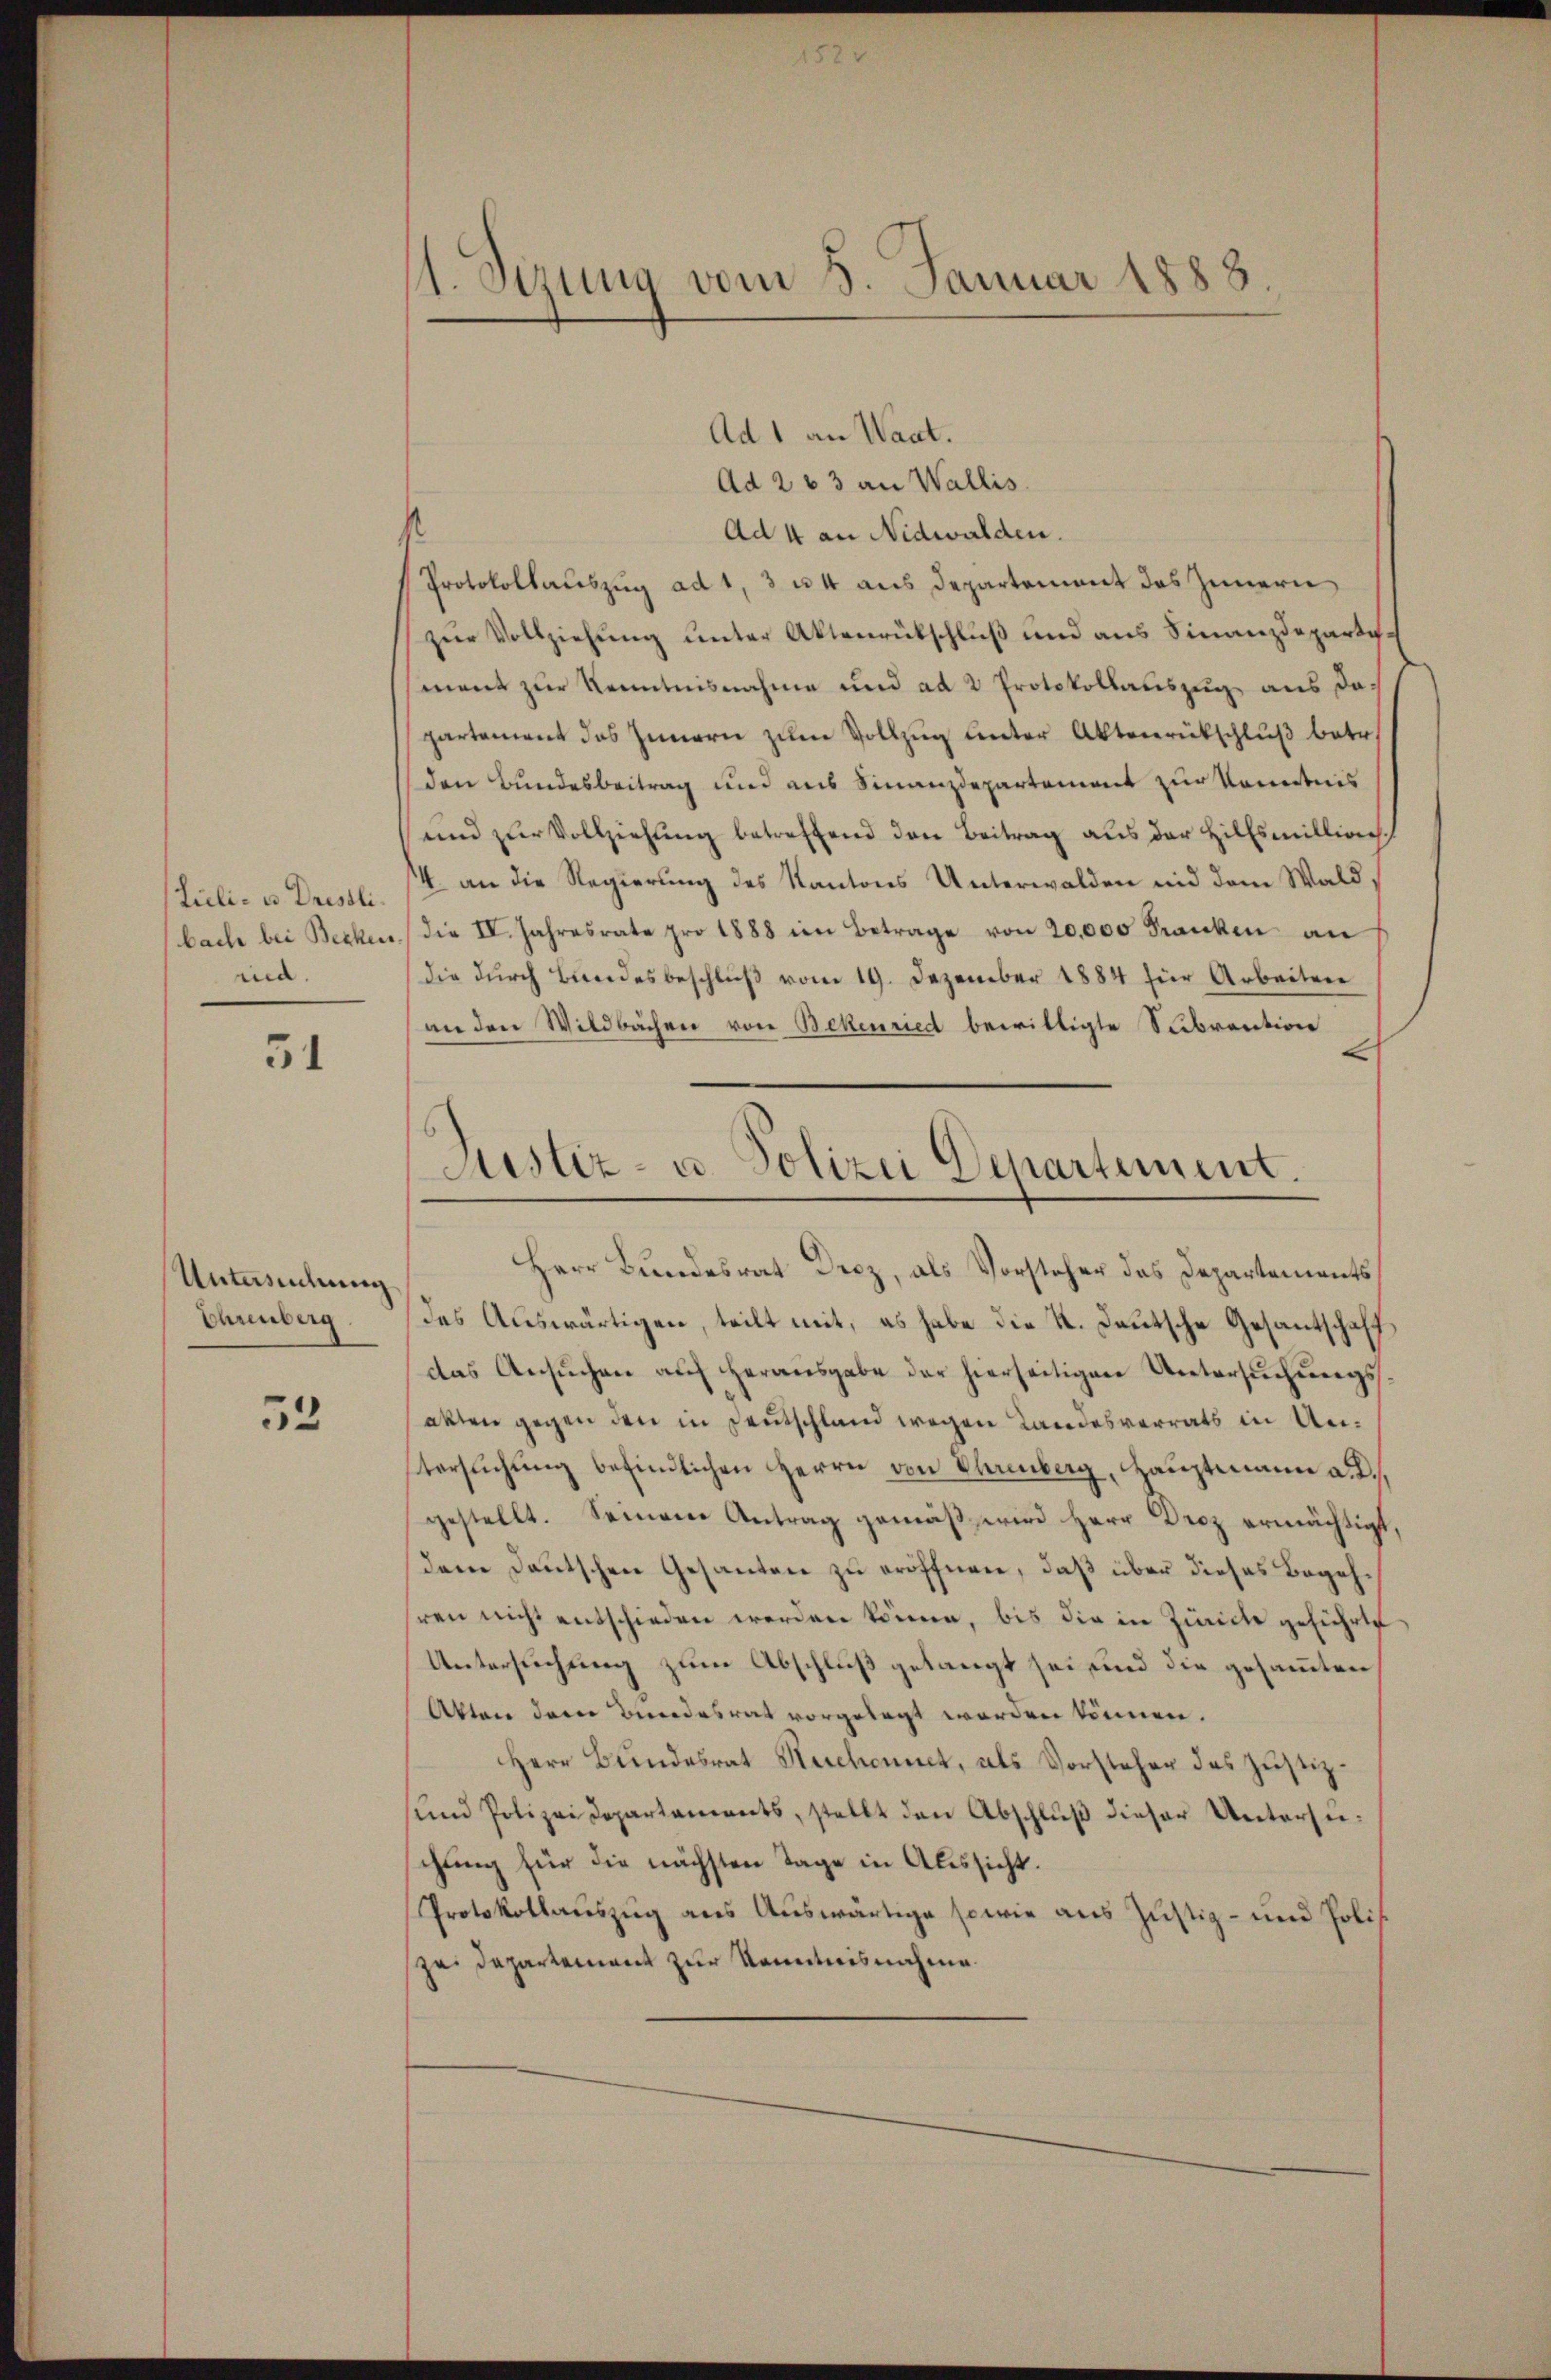
Lueli- u. Drestli
bache bei Beckens
ma.

51

Untersuchung
Ehrenberg

53

1. Sezung vom 5. Januar 1888.

Ad 1 an Want.
Ad 263 an Wallis.
Ad 4 an Nidwalden.
s
Protokollauszug ad 1, 3 u. 4 aus Departement des Innern
zur Vollziehung unter Aktenrückschluß und aus Finanzdepartement zur Kenntnisnahme und ad 2 Protokollauszug aus dapartement das Innern zum Vollzug unter Aktenrückschluß betr.
den Bundesbeitrag und aus Finanzdepartement zur Kenntnis
und zŭr Vollziehung betreffend den Beitrag aus der Hilfsmillion
4. an die Regierung des Kantons Unterwalden und dem Wald,
die IV. Jahresrate pro 1888 im Betrage von 20,000 Franken an
die durch Bundesbeschluß vom 19. Dezember 1884 für Arbeiten
an den Wildbachen von Bekenried bewilligte Subvention
t
Herr Bundesrat Drez, als Vorsteher das Departements
des Auswärtigen, teilt mit, es habe die K. Deutsche Gesantschafft
das Ansuchen auf herausgabe der hierseitigen Untersuchungsakten gegen den in Deutschland wegen Landesverrats in Untersuchung befindlichen Herrn von Ohrenberg, Hauptmann a.
gestellt. Seinem Antrag gemäß wird Herr Droz ermächtigt,
dere Deutschen Gesanten zu eröffnen, daß über dieses Begehren nicht entschieden werden könne, bis die in Zürich geführte
Untersuchung zum Abschluß gelangt sei und die gesammten
Akten dann Bundesrat vorgelegt worden können.
Herr Bundesrat Reschonnet, als Vorsteher des Justizsund Polizeidepartaments, stellt den Abschlŭβ dieser Untersuchung für die nächsten Tage in Aussicht.
Protokollauszug aus Auswärtige sowie aus Justiz- und Poli
zei Departement zur Kenntnisnahme.

Justiz- u. Polizei Departement.